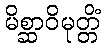
မိစ္ဆာဝိမုတ္တိံ